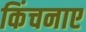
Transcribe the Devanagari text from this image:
किंचनाए